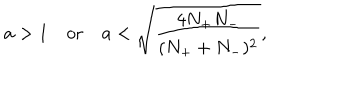
a > 1 \, \, \, \, \, \, \mathrm { o r } \, \, \, \, \, \, a < \sqrt { \frac { 4 N _ { + } N _ { - } } { ( N _ { + } + N _ { - } ) ^ { 2 } } } ,